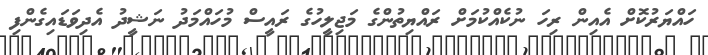
ހައްޔަރުކޮށް އެއިން ރިހަ ނުކެއްކުމަށް ރައްޔިތުންގެ މަޖިލީހުގެ ރައީސް މުހައްމަދު ނަޝީދު އެދިވަޑައިގެންފި